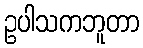
ဥပါသကဘူတာ